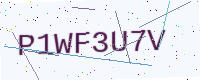
Text: P1WF3U7V